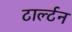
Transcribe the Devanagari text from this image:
टार्ल्टन